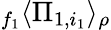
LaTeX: {}_{f_{1}}\langle\Pi_{1,i_{1}}\rangle_{\rho}